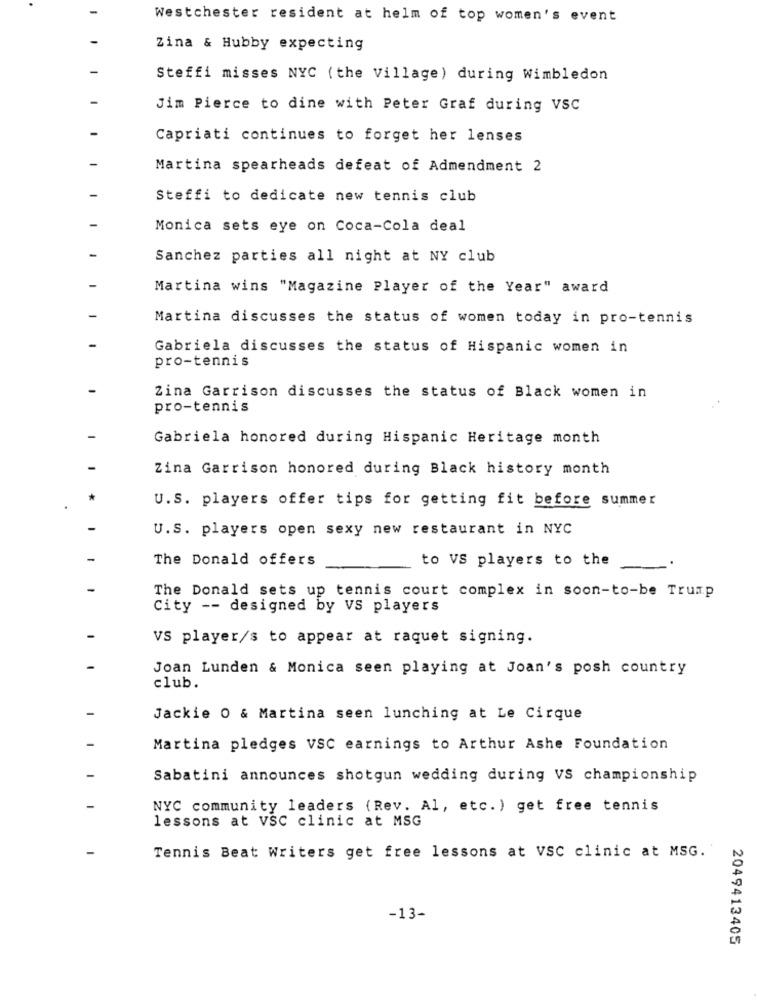
Westchester resident at helm of top women's event
Zina & Hubby expecting
Steffi misses NYC (the Village) during Wimbledon
Jim Pierce to dine with Peter Graf during VSC
Capriati continues to forget her lenses
Martina spearheads defeat of Admendment 2
Steffi to dedicate new tennis club
Monica sets eye on Coca-Cola deal
Sanchez parties all night at NY club
Martina wins "Magazine Player of the Year" award
Martina discusses the status of women today in pro-tennis
Gabriela discusses the status of Hispanic women in
pro-tennis
Zina Garrison discusses the status of Black women in
pro-tennis
Gabriela honored during Hispanic Heritage month
Zina Garrison honored during Black history month
U.S. players offer tips for getting fit before summer
U.S. players open sexy new restaurant in NYC
The Donald offers
to VS players to the
The Donald sets up tennis court complex in soon-to-be Trump
City -- designed by VS players
VS player/s to appear at raquet signing.
Joan Lunden & Monica seen playing at Joan's posh country
club.
Jackie 0 & Martina seen lunching at Le Cirque
Martina pledges VSC earnings to Arthur Ashe Foundation
Sabatini announces shotgun wedding during VS championship
NYC community leaders (Rev. Al, etc. ) get free tennis
lessons at VSC clinic at MSG
Tennis Beat Writers get free lessons at vSC clinic at MSG.
-13-
2049413405